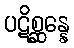
ပဋိစ္ဆန္နေ